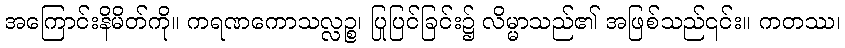
အကြောင်းနိမိတ်ကို။ ကရဏကောသလ္လဉ္စ၊ ပြုပြင်ခြင်း၌ လိမ္မာသည်၏ အဖြစ်သည်၎င်း။ ကတဿ၊